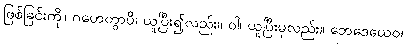
ဖြစ်ခြင်းကို။ ဂဟေတွာပိ၊ ယူပြီး၍လည်း။ ဝါ၊ ယူပြီးမှလည်း။ ဘေဒေယေဝ၊